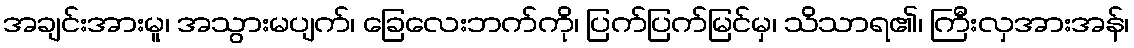
အချင်းအားမူ၊ အသွားမပျက်၊ ခြေလေးဘက်ကို၊ ပြက်ပြက်မြင်မှ၊ သိသာရ၏၊ ကြီးလှအားအန်၊